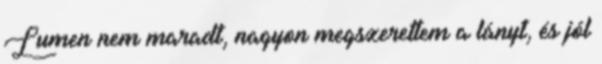
Lumen nem maradt, nagyon megszerettem a lányt, és jól